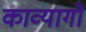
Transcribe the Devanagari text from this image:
काव्यागों